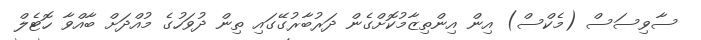
ސާވިސަސް (މެކްސް) އިން އިންތިޒާމުކޮށްގެން ދަރުބާރުގޭގައި ތިން ދުވަހުގެ މުއްދަށް ބާއްވާ ހޮޓެލް